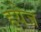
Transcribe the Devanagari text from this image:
हयेज